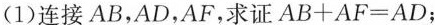
（1）连接AB，AD，AF，求证$$A B + A F = A D$$；